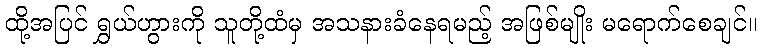
ထို့အပြင် ရွှယ်ဟွားကို သူတို့ထံမှ အသနားခံနေရမည့် အဖြစ်မျိုး မရောက်စေချင်။